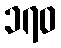
၁၇၀